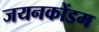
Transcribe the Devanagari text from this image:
जयनकोंडम